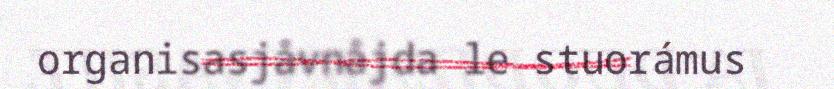
organisasjåvnåjda le stuorámus